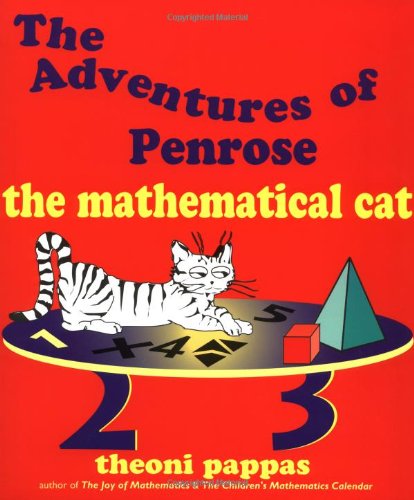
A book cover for The Adventures of Penrose the Mathematical Cat; Theoni Pappas; Humor & Entertainment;